NAE_kihelkonnakohtute_kirjad_ja_protokollid_1869-1889, lk 4
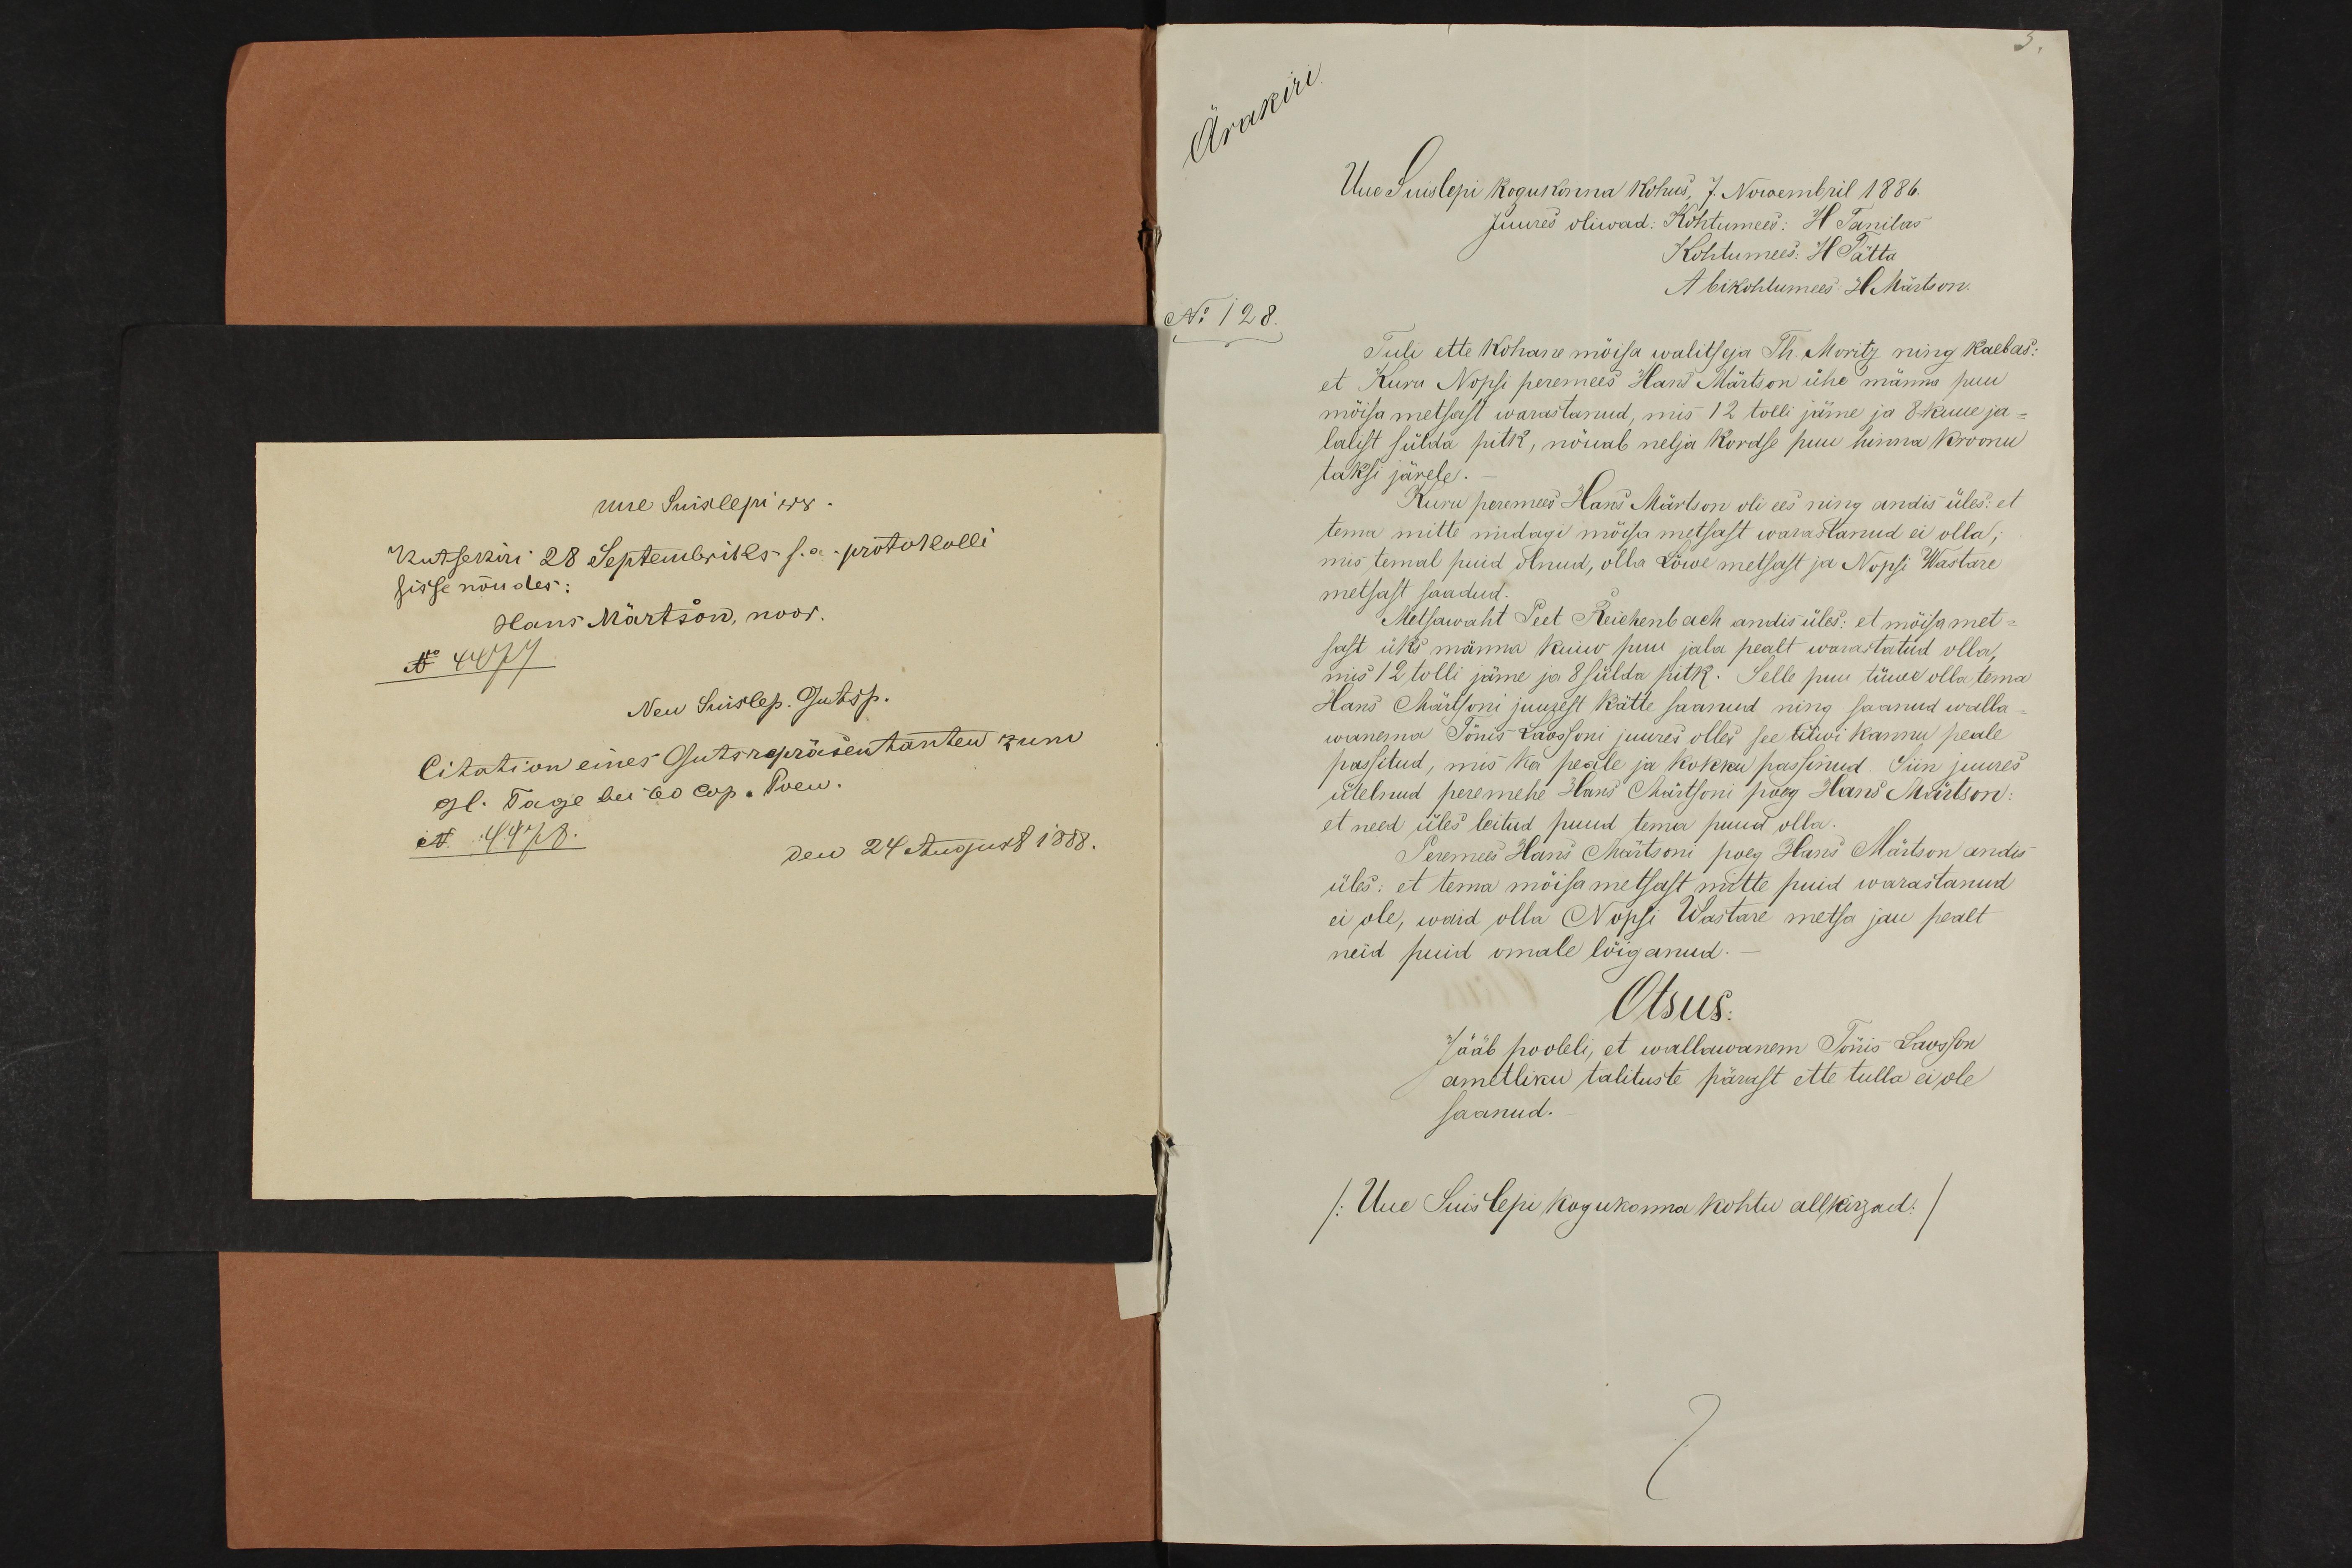
uue Suislepi ww.
Kutsekiri 28 Septembriks s.a protokolli
sisse nõudes:
Hans Märtson, noor.
N 4474

Uue Suislepi kogukonna kohus 7. Nowembril 1886.
Tuli ette kohane mõisa walitseja Th. Moritz ning kaebas:
et Kuru Nopsi peremees Hans Märtson ühe männa puu
mõisa metsast warastanud, mis 12 tolli jämne ja 8 kuue ja-
lalist sülda pitk, nõuab nelja kordse puu hinna kroonu
taksi järele.
Kuru peremees Hans Märtson oli ees ning andis üles: et
tema mitte midagi mõisa metsast warastanud ei olla,
mis temal puid olnud, olla Lõwe metsast ja Nopsi Wastare
metsast saadud.
Metsawaht Peet Reichenbach andis üles: et mõisa met-
sast üks männa kuiw puu jala pealt warastatud olla
mis 12 tolli jäme ja 8 sülda pitk. Selle puu tüwel olla tema
Hans Märtsoni juurest kätte saanud ning saanud walla
wanema Tõnis Laossoni juures olles see tüwi kannu peale
passitud, mis ka peale ja kokku passinud. Siin juures
ütelnud peremehe Hans Märtsoni poeg Hans Märtson
et need üles leitud puud tema puud olla.
Peremees Hans Märtsoni poeg Hans Märtson andis
üles: et tema mõisametsast mttte puid warastanud
ei ole, waid olla Nopsi Wastare metsa jau pealt
neid puid omale lõiganud.
Otsus.
Jääb pooleli, et wallawanem Tõnis Laosson
ametliku talituste pärast ette tulla ei ole
saanud.
/Uue Suislepi kogukonna kohtu allkirjad/